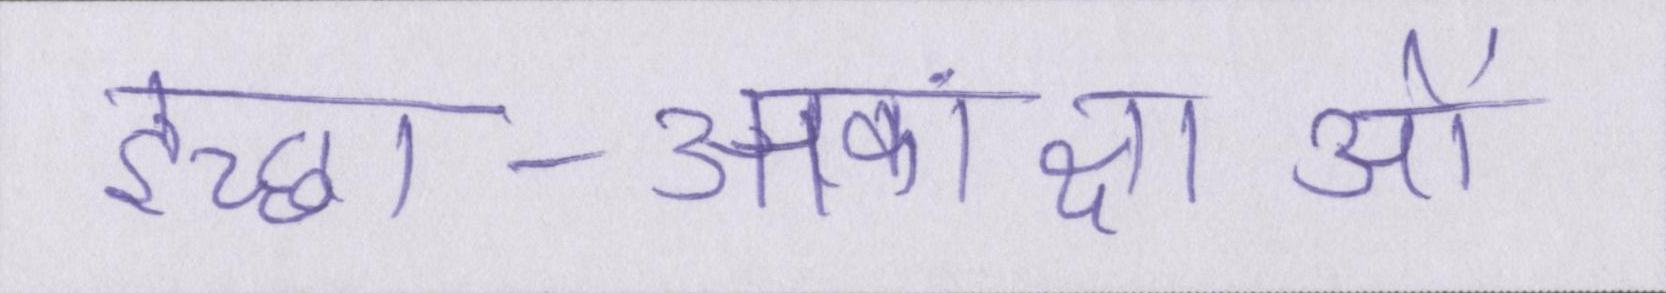
इच्छा-आकांक्षाओं